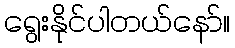
ရွေးနိုင်ပါတယ်နော်။